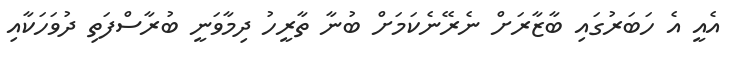
އެއީ އެ ހަބަރުގައި ބާޒާރަށް ނެރޭނެކަމަށް ބުނާ ތާރީހު ދިމާވަނީ ބުރާސްފަތި ދުވަހަކާއި